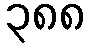
၃၈၈